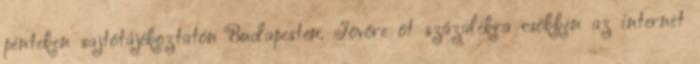
pénteken sajtótájékoztatón Budapesten. Jövőre öt százalékra csökken az internet